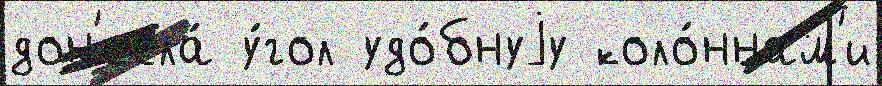
дон'есла́ у́гол удо́бнуjу коло́ннам'и